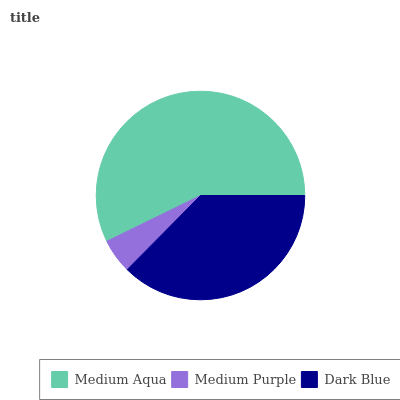
| Medium Aqua | Medium Purple | Dark Blue |
 | --- | --- | --- |
 | 57.3% | 5.35% | 37.4% |